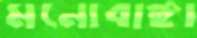
মনোবাঞ্ছা